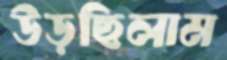
উড়ছিলাম